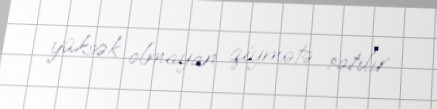
yüksək olmayan qiymətə satılır.